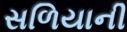
સળિયાની